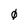
Character: 0